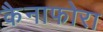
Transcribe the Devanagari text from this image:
कैनाफोरा